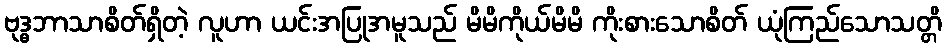
ဗုဒ္ဓဘာသာစိတ်ရှိတဲ့ လူဟာ ယင်းအပြုအမူသည် မိမိကိုယ်မိမိ ကိုးစားသောစိတ် ယုံကြည်သောသတ္တိ